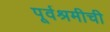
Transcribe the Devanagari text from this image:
पूर्वश्रमीची